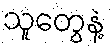
သူတွေနဲ့